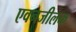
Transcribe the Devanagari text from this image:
एवनजीलक